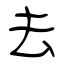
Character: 去